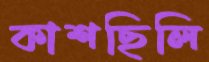
কাশছিলি